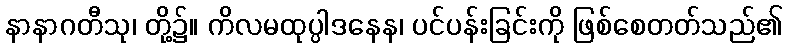
နာနာဂတီသု၊ တို့၌။ ကိလမထုပ္ပါဒနေန၊ ပင်ပန်းခြင်းကို ဖြစ်စေတတ်သည်၏